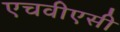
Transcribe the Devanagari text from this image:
एचवीएसी